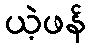
ယဲ့ဖန်